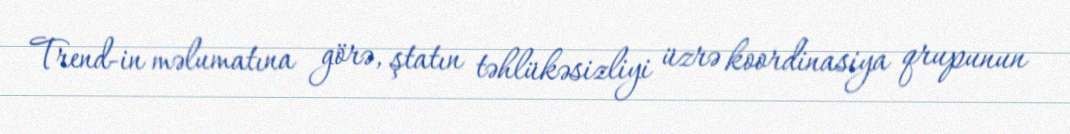
Trend-in məlumatına görə, ştatın təhlükəsizliyi üzrə koordinasiya qrupunun